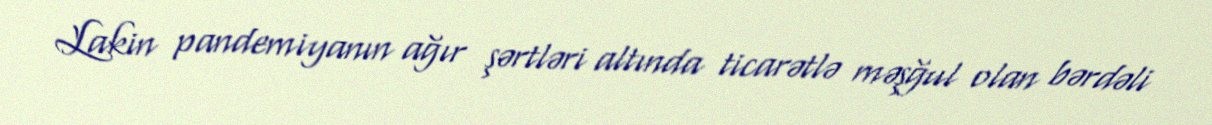
Lakin pandemiyanın ağır şərtləri altında ticarətlə məşğul olan bərdəli